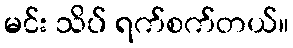
မင်း သိပ် ရက်စက်တယ်။